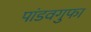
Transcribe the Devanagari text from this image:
पांडवगुफा